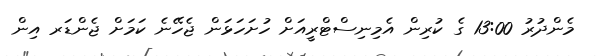
މެންދުރު 13:00 ގެ ކުރިން އެމިނިސްޓްރީއަށް ހުށަހަޅަން ޖެހޭނެ ކަމަށް ޖެންޑަރ އިން